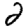
Digit: 2